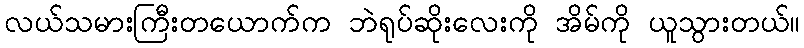
လယ်သမားကြီးတယောက်က ဘဲရုပ်ဆိုးလေးကို အိမ်ကို ယူသွားတယ်။